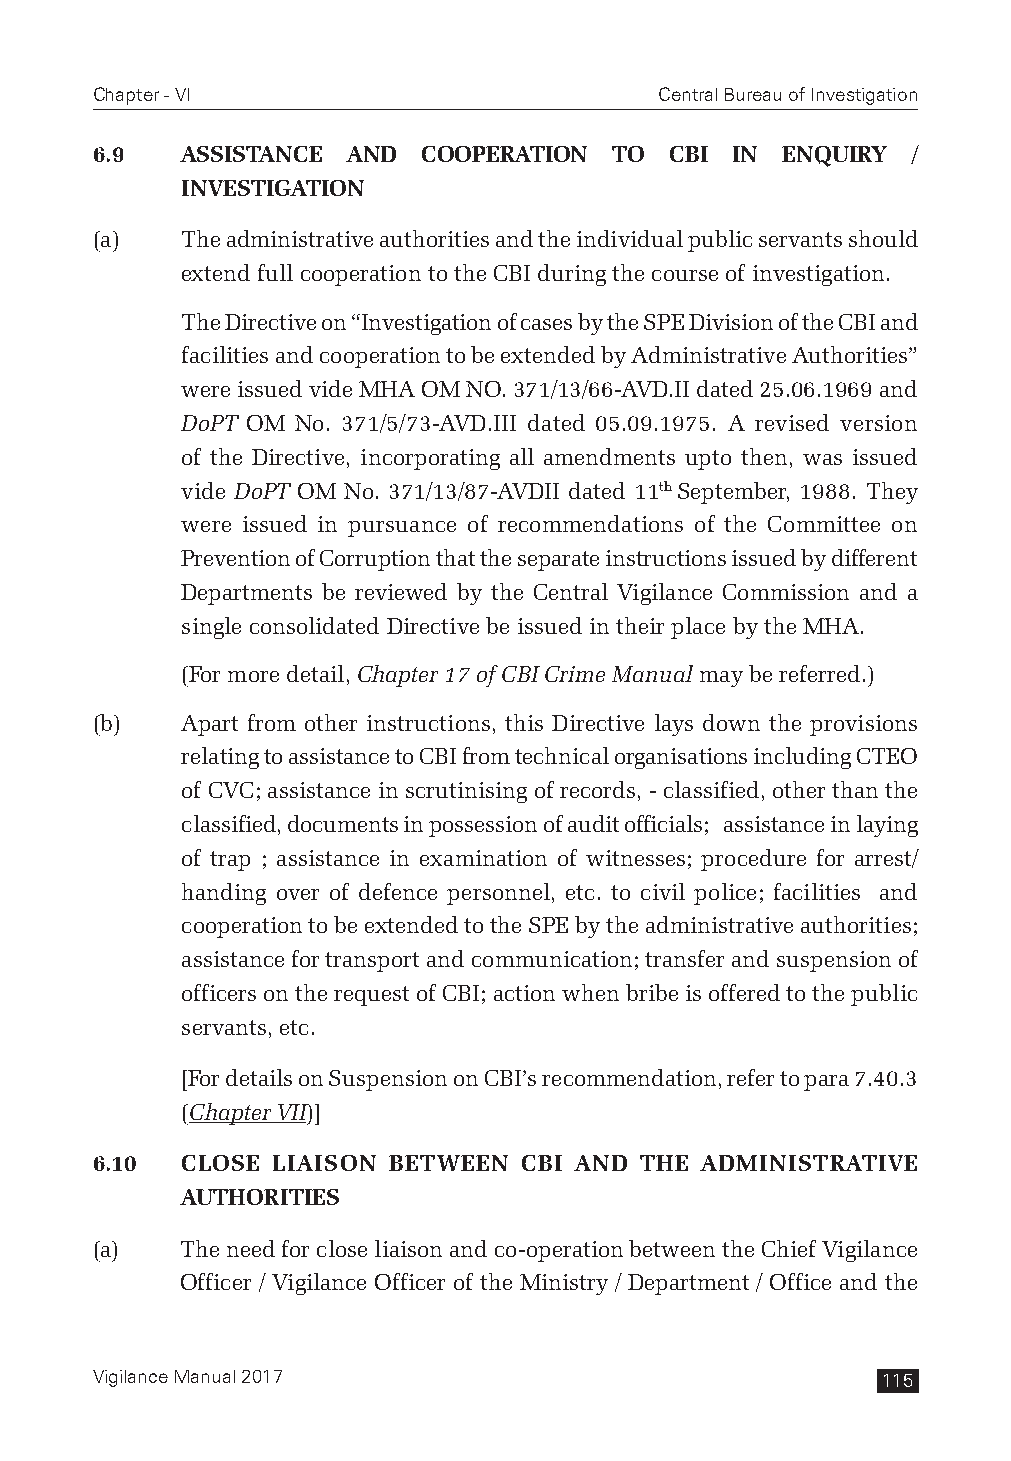
Chapter - VI                          Central Bureau of Investigation
 6.9   ASSISTANCE AND  COOPERATION  TO CBI IN  ENQUIRY /
 INVESTIGATION
 (a)   The administrative authorities and the individual public servants should
 extend full cooperation to the CBI during the course of investigation.
 The Directive on “Investigation of cases by the SPE Division of the CBI and
 facilities and cooperation to be extended by Administrative Authorities”
 were issued vide MHA OM NO. 371/13/66-AVD.II dated 25.06.1969 and
 DoPT OM No. 371/5/73-AVD.III dated 05.09.1975. A revised version
 of the Directive, incorporating all amendments upto then, was issued
 vide DoPT OM No. 371/13/87-AVDII dated 11th September, 1988. They
 were issued in pursuance of recommendations of the Committee on
 Prevention of Corruption that the separate instructions issued by different
 Departments be reviewed by the Central Vigilance Commission and a
 single consolidated Directive be issued in their place by the MHA.
 (For more detail, Chapter 17 of CBI Crime Manual may be referred.)
 (b)   Apart from other instructions, this Directive lays down the provisions
 relating to assistance to CBI from technical organisations including CTEO
 of CVC; assistance in scrutinising of records, - classified, other than the
 classified, documents in possession of audit officials; assistance in laying
 of trap ; assistance in examination of witnesses; procedure for arrest/
 handing over of defence personnel, etc. to civil police; facilities and
 cooperation to be extended to the SPE by the administrative authorities;
 assistance for transport and communication; transfer and suspension of
 officers on the request of CBI; action when bribe is offered to the public
 servants, etc.
 [For details on Suspension on CBI’s recommendation, refer to para 7.40.3
 (Chapter VII)]
 6.10  CLOSE LIAISON BETWEEN CBI AND THE ADMINISTRATIVE
 AUTHORITIES
 (a)   The need for close liaison and co-operation between the Chief Vigilance
 Officer / Vigilance Officer of the Ministry / Department / Office and the
 Vigilance Manual 2017                               115